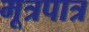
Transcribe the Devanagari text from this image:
मूत्रपात्र